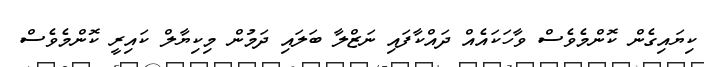
ކިޔައިގެން ކޮންމެވެސް ވާހަކައެއް ދައްކާފައި ނަޒްލާ ބަލައި ދަމުން މިކިޔާލް ކައިރީ ކޮންމެވެސް